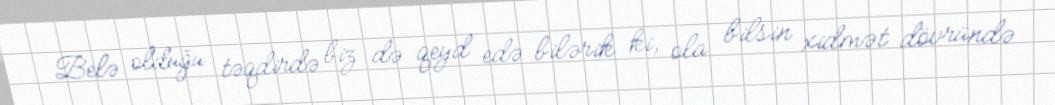
Belə olduğu təqdirdə biz də qeyd edə bilərik ki, ola bilsin xidmət dövründə